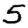
Digit: 5